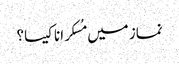
نماز میں مُسکرانا کیسا؟